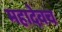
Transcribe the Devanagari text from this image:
महादेवच